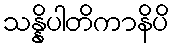
သန္နိပါတိကာနိပိ